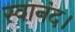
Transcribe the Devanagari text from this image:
स्वानंद।